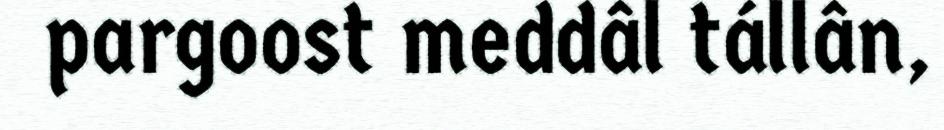
pargoost meddâl tállân,